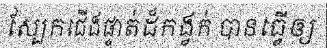
ស្បែកជើងផ្ទាត់ដ៏កង្វក់ បានធ្វើឲ្យ